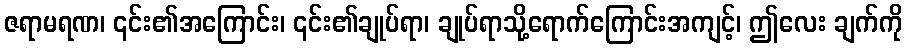
ဇရာမရဏ၊ ၎င်း၏အကြောင်း၊ ၎င်း၏ချုပ်ရာ၊ ချုပ်ရာသို့ရောက်ကြောင်းအကျင့်၊ ဤလေး ချက်ကို